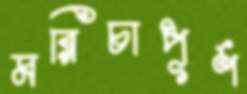
মরিচাপূর্ণ